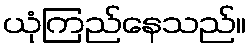
ယုံကြည်နေသည်။